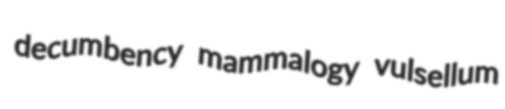
decumbency mammalogy vulsellum